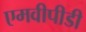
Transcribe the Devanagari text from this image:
एमवीपीडी